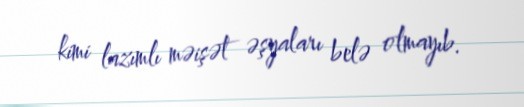
kimi lazımlı məişət əşyaları belə olmayıb.